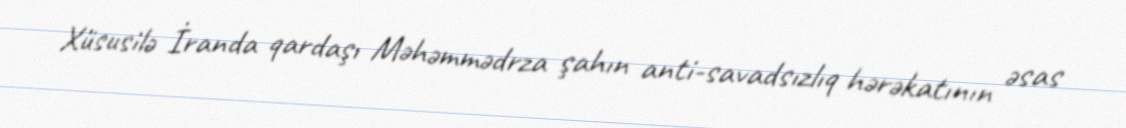
Xüsusilə İranda qardaşı Məhəmmədrza şahın anti-savadsızlıq hərəkatının əsas